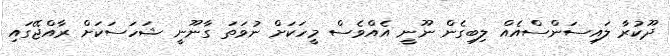
ދޫކުރާ ލައިސަންސްއެއް ލިބިގެން ނޫނީ އެއްވެސް މީހަކަށް ނުވަތަ ގާނޫނީ ޝަހަސަކަށް ރާއްޖޭގައި